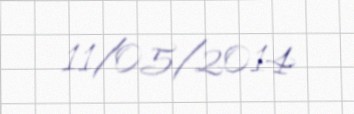
11/05/2014